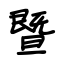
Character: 暨